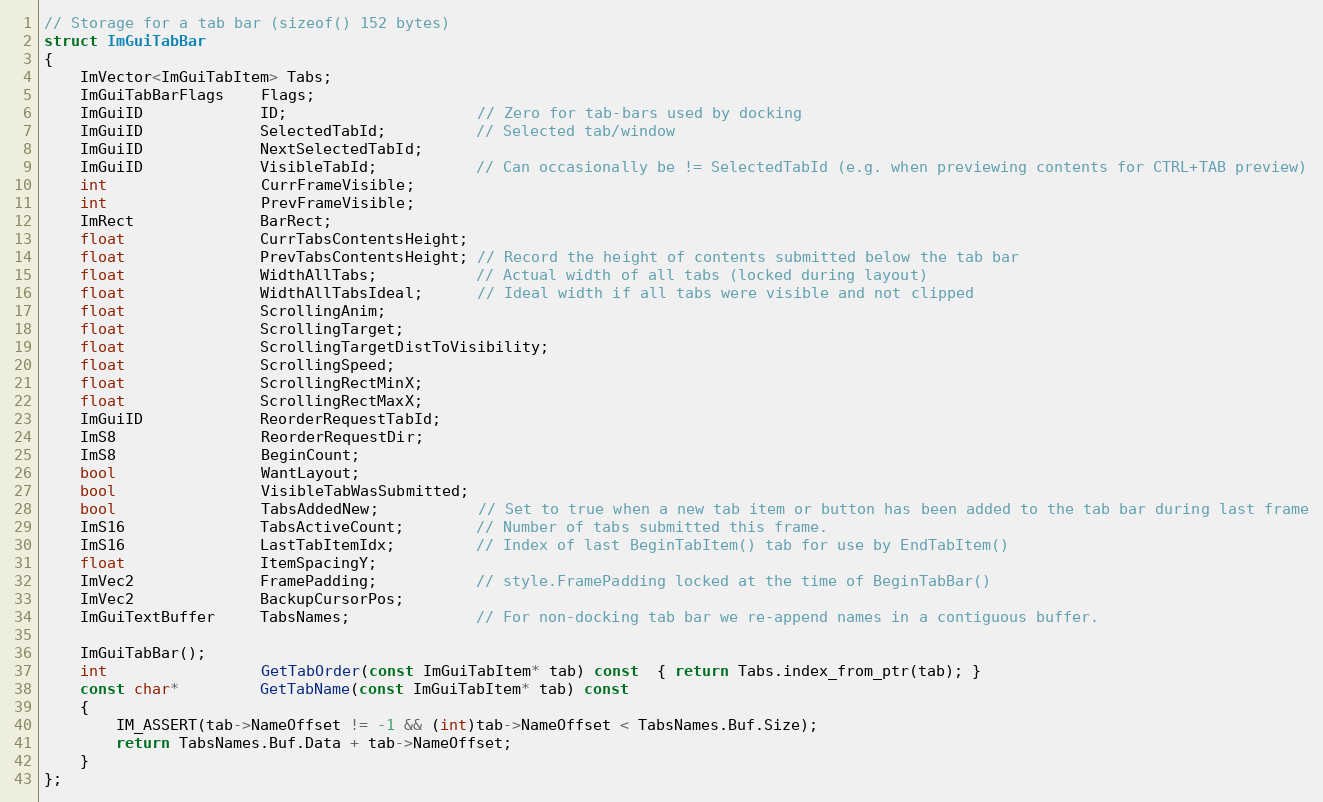
Language: C
// Storage for a tab bar (sizeof() 152 bytes)
struct ImGuiTabBar
{
    ImVector<ImGuiTabItem> Tabs;
    ImGuiTabBarFlags    Flags;
    ImGuiID             ID;                     // Zero for tab-bars used by docking
    ImGuiID             SelectedTabId;          // Selected tab/window
    ImGuiID             NextSelectedTabId;
    ImGuiID             VisibleTabId;           // Can occasionally be != SelectedTabId (e.g. when previewing contents for CTRL+TAB preview)
    int                 CurrFrameVisible;
    int                 PrevFrameVisible;
    ImRect              BarRect;
    float               CurrTabsContentsHeight;
    float               PrevTabsContentsHeight; // Record the height of contents submitted below the tab bar
    float               WidthAllTabs;           // Actual width of all tabs (locked during layout)
    float               WidthAllTabsIdeal;      // Ideal width if all tabs were visible and not clipped
    float               ScrollingAnim;
    float               ScrollingTarget;
    float               ScrollingTargetDistToVisibility;
    float               ScrollingSpeed;
    float               ScrollingRectMinX;
    float               ScrollingRectMaxX;
    ImGuiID             ReorderRequestTabId;
    ImS8                ReorderRequestDir;
    ImS8                BeginCount;
    bool                WantLayout;
    bool                VisibleTabWasSubmitted;
    bool                TabsAddedNew;           // Set to true when a new tab item or button has been added to the tab bar during last frame
    ImS16               TabsActiveCount;        // Number of tabs submitted this frame.
    ImS16               LastTabItemIdx;         // Index of last BeginTabItem() tab for use by EndTabItem()
    float               ItemSpacingY;
    ImVec2              FramePadding;           // style.FramePadding locked at the time of BeginTabBar()
    ImVec2              BackupCursorPos;
    ImGuiTextBuffer     TabsNames;              // For non-docking tab bar we re-append names in a contiguous buffer.

    ImGuiTabBar();
    int                 GetTabOrder(const ImGuiTabItem* tab) const  { return Tabs.index_from_ptr(tab); }
    const char*         GetTabName(const ImGuiTabItem* tab) const
    {
        IM_ASSERT(tab->NameOffset != -1 && (int)tab->NameOffset < TabsNames.Buf.Size);
        return TabsNames.Buf.Data + tab->NameOffset;
    }
};